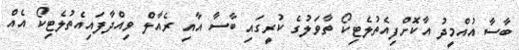
ބާސާ އުއްމީދު އާކޮށްފިއެތުލެޓިކޯ ތާވަލުގެ ކުރީގައި ބާސާ އާއި ރެއާލް ވިއްދާފައިއެތުލެޓިކޯ އެއް